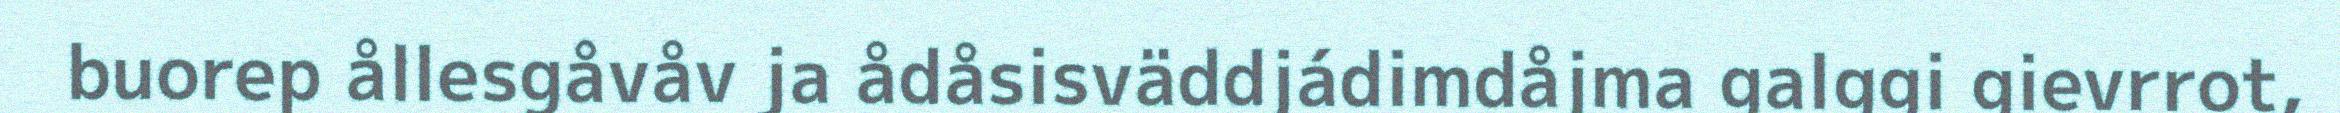
buorep ållesgåvåv ja ådåsisväddjádimdåjma galggi gievrrot,